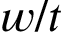
w / t